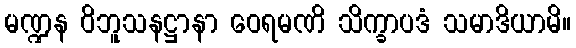
မဏ္ဍန ဝိဘူသနဋ္ဌာနာ ဝေရမဏိ သိက္ခာပဒံ သမာဒိယာမိ။